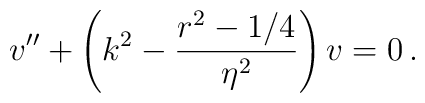
v'' + \left( k^2 - {r^2-1/4 \over \eta^2} \right) v = 0 \, .